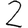
Digit: 2